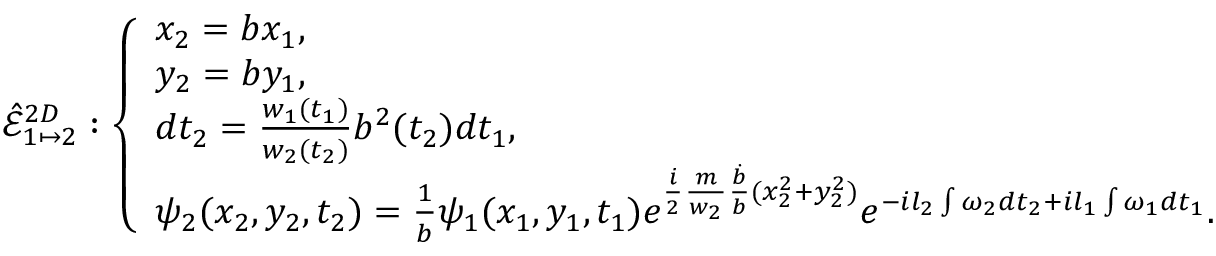
\hat { \mathcal { E } } _ { 1 \mapsto 2 } ^ { 2 D } : \left\{ \begin{array} { l l } { x _ { 2 } = b x _ { 1 } , } \\ { y _ { 2 } = b y _ { 1 } , } \\ { d t _ { 2 } = \frac { w _ { 1 } ( t _ { 1 } ) } { w _ { 2 } ( t _ { 2 } ) } b ^ { 2 } ( t _ { 2 } ) d t _ { 1 } , } \\ { \psi _ { 2 } ( x _ { 2 } , y _ { 2 } , t _ { 2 } ) = \frac { 1 } { b } \psi _ { 1 } ( x _ { 1 } , y _ { 1 } , t _ { 1 } ) e ^ { \frac { i } { 2 } \frac { m } { w _ { 2 } } \frac { \dot { b } } { b } ( x _ { 2 } ^ { 2 } + y _ { 2 } ^ { 2 } ) } e ^ { - i l _ { 2 } \int \omega _ { 2 } d t _ { 2 } + i l _ { 1 } \int \omega _ { 1 } d t _ { 1 } } . } \end{array} \right.